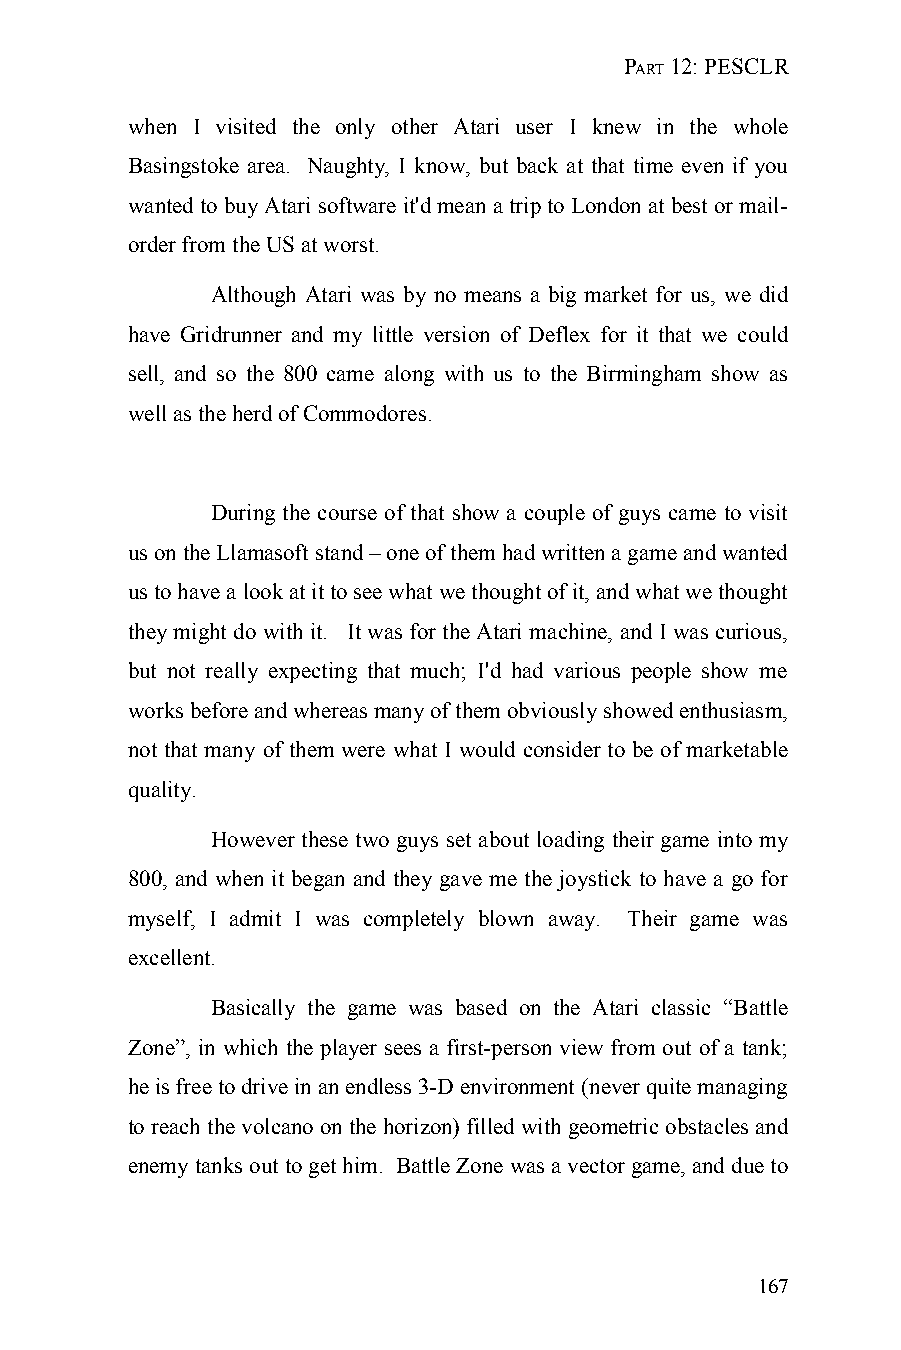
PART 12: PESCLR
 when I visited the only other Atari user I knew in the whole
 Basingstoke area. Naughty, I know, but back at that time even if you
 wanted to buy Atari software it'd mean a trip to London at best or mail-
 order from the US at worst.
 Although Atari was by no means a big market for us, we did
 have Gridrunner and my little version of Deflex for it that we could
 sell, and so the 800 came along with us to the Birmingham show as
 well as the herd of Commodores.
 During the course of that show a couple of guys came to visit
 us on the Llamasoft stand – one of them had written a game and wanted
 us to have a look at it to see what we thought of it, and what we thought
 they might do with it. It was for the Atari machine, and I was curious,
 but not really expecting that much; I'd had various people show me
 works before and whereas many of them obviously showed enthusiasm,
 not that many of them were what I would consider to be of marketable
 quality.
 However these two guys set about loading their game into my
 800, and when it began and they gave me the joystick to have a go for
 myself, I admit I was completely blown away. Their game was
 excellent.
 Basically the game was based on the Atari classic “Battle
 Zone”, in which the player sees a first-person view from out of a tank;
 he is free to drive in an endless 3-D environment (never quite managing
 to reach the volcano on the horizon) filled with geometric obstacles and
 enemy tanks out to get him. Battle Zone was a vector game, and due to
 167